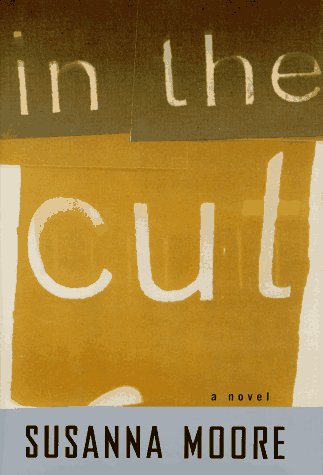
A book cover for In the Cut; Susanna Moore; Romance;